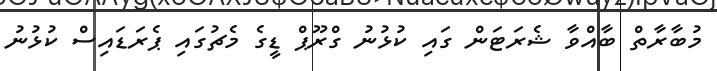
މުބާރާތް ބާއްވާ ޝެރަޓަން ގައި ކުޅުނު ގްރޫޕް ޑީގެ މެޗުގައި ޕެރަޑައިސް ކުޅުުނު